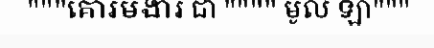
"""គោរមងារ ជា """" មូល ឡា"""